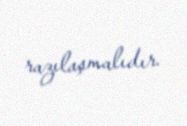
razılaşmalıdır.